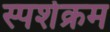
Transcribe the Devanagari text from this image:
स्पर्शक्रम